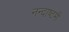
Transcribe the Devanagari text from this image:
नन्दाष्टमी